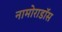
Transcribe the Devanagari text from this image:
नामोराडॉस